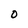
Character: O